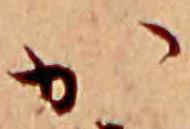
か